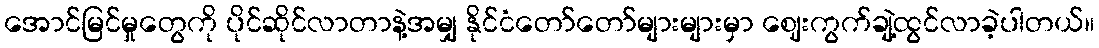
အောင်မြင်မှုတွေကို ပိုင်ဆိုင်လာတာနဲ့အမျှ နိုင်ငံတော်တော်များများမှာ ဈေးကွက်ချဲ့ထွင်လာခဲ့ပါတယ်။